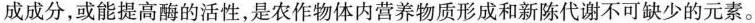
成成分，或能提高酶的活性，是农作物体内营养物质形成和新陈代谢不可缺少的元素。